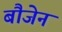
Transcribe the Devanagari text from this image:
बौजेन